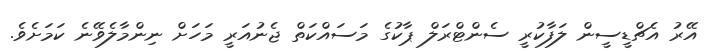
އޭރު އެޗްޑީސީން ލަފާކުރީ ސެންޓްރަލް ޕާކުގެ މަސައްކަތް ޖެނުއަރީ މަހަށް ނިންމާލެވޭނެ ކަމަށެވެ.